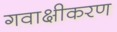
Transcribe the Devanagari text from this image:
गवाक्षीकरण